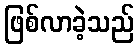
ဖြစ်လာခဲ့သည်